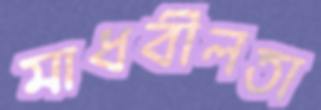
মাধবীলতা